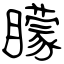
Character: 矇